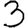
Digit: 3